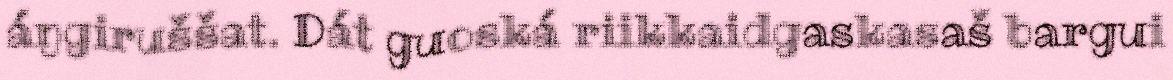
áŋgiruššat. Dát guoská riikkaidgaskasaš bargui